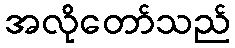
အလိုတော်သည်